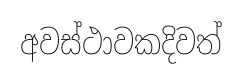
අවස්ථාවකදිවත්